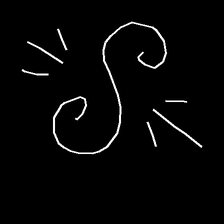
Glyph: wind-directs-air